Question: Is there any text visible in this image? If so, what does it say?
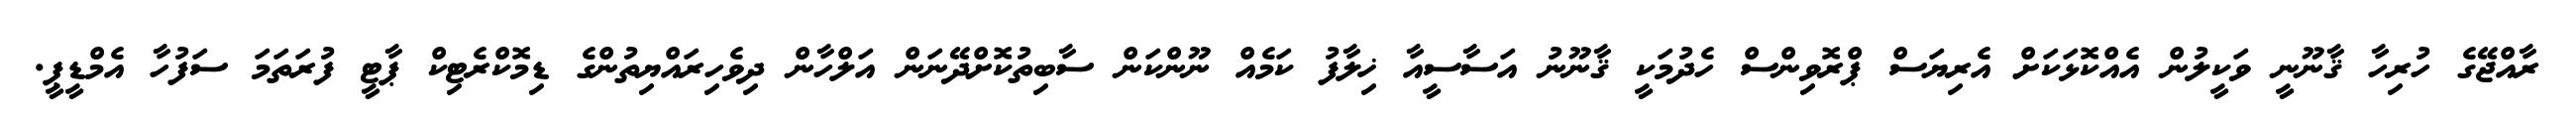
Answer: ރާއްޖޭގެ ހުރިހާ ޤާނޫނީ ވަކީލުން އެއްކޮޅަކަށް އެރިޔަސް ޕްރޮވިންސް ހެދުމަކީ ޤާނޫނު އަސާސީއާ ޚިލާފު ކަމެއް ނޫންކަން ސާބިތުކޮށްދޭނަން އަލްހާން ދިވެހިރައްޔިތުންގެ ޑިމޮކްރެޓިކް ޕާޓީ ފުރަތަމަ ސަފުހާ އެމްޑީޕީ.